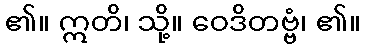
၏။ ဣတိ၊ သို့။ ဝေဒိတဗ္ဗံ၊ ၏။